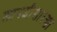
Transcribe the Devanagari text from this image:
लापशीसारखा